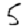
Digit: 5